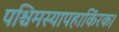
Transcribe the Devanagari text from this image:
पश्चिमस्यापहाकिंरक।